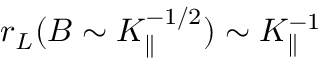
r _ { L } ( B \sim K _ { \parallel } ^ { - 1 / 2 } ) \sim K _ { \parallel } ^ { - 1 }